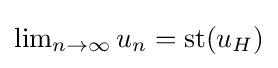
{\textstyle \lim _{n\to \infty }u_{n}=\operatorname {st} (u_{H})}